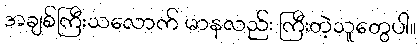
အချစ်ကြီးသလောက် မာနလည်း ကြီးတဲ့သူတွေပါ။